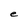
Character: e